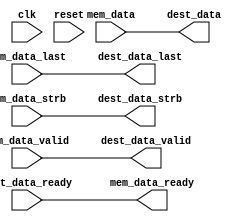
module axi_dmac_resize_dest #(
  parameter DATA_WIDTH_DEST = 64,
  parameter DATA_WIDTH_MEM = 64
) (
  input clk,
  input reset,

  input mem_data_valid,
  output mem_data_ready,
  input [DATA_WIDTH_MEM-1:0] mem_data,
  input mem_data_last,
  input [DATA_WIDTH_MEM/8-1:0] mem_data_strb,

  output dest_data_valid,
  input dest_data_ready,
  output [DATA_WIDTH_DEST-1:0] dest_data,
  output dest_data_last,
  output [DATA_WIDTH_DEST/8-1:0] dest_data_strb
);

/*
 * Resize the data width between the burst memory and the destination interface
 * if necessary.
 */

generate if (DATA_WIDTH_DEST == DATA_WIDTH_MEM)  begin
  assign dest_data_valid = mem_data_valid;
  assign dest_data = mem_data;
  assign dest_data_last = mem_data_last;
  assign dest_data_strb = mem_data_strb;
  assign mem_data_ready = dest_data_ready;
end else begin

  localparam RATIO = DATA_WIDTH_MEM / DATA_WIDTH_DEST;

  reg [$clog2(RATIO)-1:0] count = 'h0;
  reg valid = 1'b0;
  reg [RATIO-1:0] last = 'h0;
  reg [DATA_WIDTH_MEM-1:0] data = 'h0;
  reg [DATA_WIDTH_MEM/8-1:0] strb = {DATA_WIDTH_MEM/8{1'b1}};

  wire last_beat;

  assign last_beat = (count == RATIO - 1) | last[0];

  always @(posedge clk) begin
    if (reset == 1'b1) begin
      valid <= 1'b0;
    end else if (mem_data_valid == 1'b1) begin
      valid <= 1'b1;
    end else if (last_beat == 1'b1 && dest_data_ready == 1'b1) begin
      valid <= 1'b0;
    end
  end

  always @(posedge clk) begin
    if (reset == 1'b1) begin
      count <= 'h0;
    end else if (dest_data_ready == 1'b1 && dest_data_valid == 1'b1) begin
      if (last_beat == 1'b1) begin
        count <= 'h0;
      end else begin
        count <= count + 1;
      end
    end
  end

  assign mem_data_ready = ~valid | (dest_data_ready & last_beat);

  integer i;
  always @(posedge clk) begin
    if (mem_data_ready == 1'b1) begin
      data <= mem_data;

      /*
       * Skip those words where strb would be completely zero for the output
       * word. We assume that strb is thermometer encoded (i.e. a certain number
       * of LSBs are 1'b1 followed by all 1'b0 in the MSBs) and by extension
       * that if the first strb bit for a word is zero that means that all strb
       * bits for a word will be zero.
       */
      for (i = 0; i < RATIO-1; i = i + 1) begin
        last[i] <= mem_data_last & ~mem_data_strb[(i+1)*(DATA_WIDTH_MEM/8/RATIO)];
      end
      last[RATIO-1] <= mem_data_last;
      strb <= mem_data_strb;
    end else if (dest_data_ready == 1'b1) begin
      data[DATA_WIDTH_MEM-DATA_WIDTH_DEST-1:0] <= data[DATA_WIDTH_MEM-1:DATA_WIDTH_DEST];
      strb[(DATA_WIDTH_MEM-DATA_WIDTH_DEST)/8-1:0] <= strb[DATA_WIDTH_MEM/8-1:DATA_WIDTH_DEST/8];
      last[RATIO-2:0] <= last[RATIO-1:1];
    end
  end

  assign dest_data_valid = valid;
  assign dest_data = data[DATA_WIDTH_DEST-1:0];
  assign dest_data_strb = strb[DATA_WIDTH_DEST/8-1:0];
  assign dest_data_last = last[0];

end endgenerate

endmodule